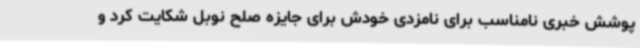
پوشش خبری نامناسب برای نامزدی خودش برای جایزه صلح نوبل شکایت کرد و